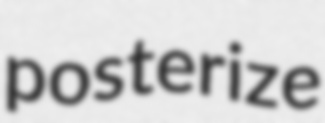
posterize